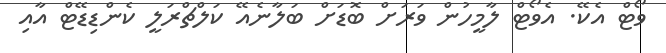
ވޯޓް އެކޭ. އެވޯޓް ލާމީހުން ވަރަށް ބޮޑަށް ބަލާނެއޭ ކަލްޗްރަލީ ކެންޑިޑޭޓް އާއި